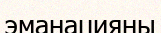
эманацияны